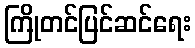
ကြိုတင်ပြင်ဆင်ရေး